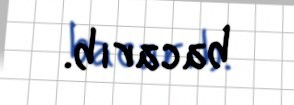
bacarıb.